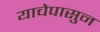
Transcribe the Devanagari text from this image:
याचेपासुन